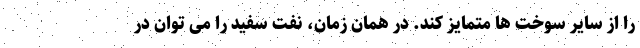
را از سایر سوخت ها متمایز کند. در همان زمان، نفت سفید را می توان در